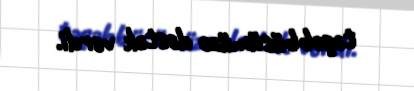
təşəbbüsümüzə dəstək verdi.